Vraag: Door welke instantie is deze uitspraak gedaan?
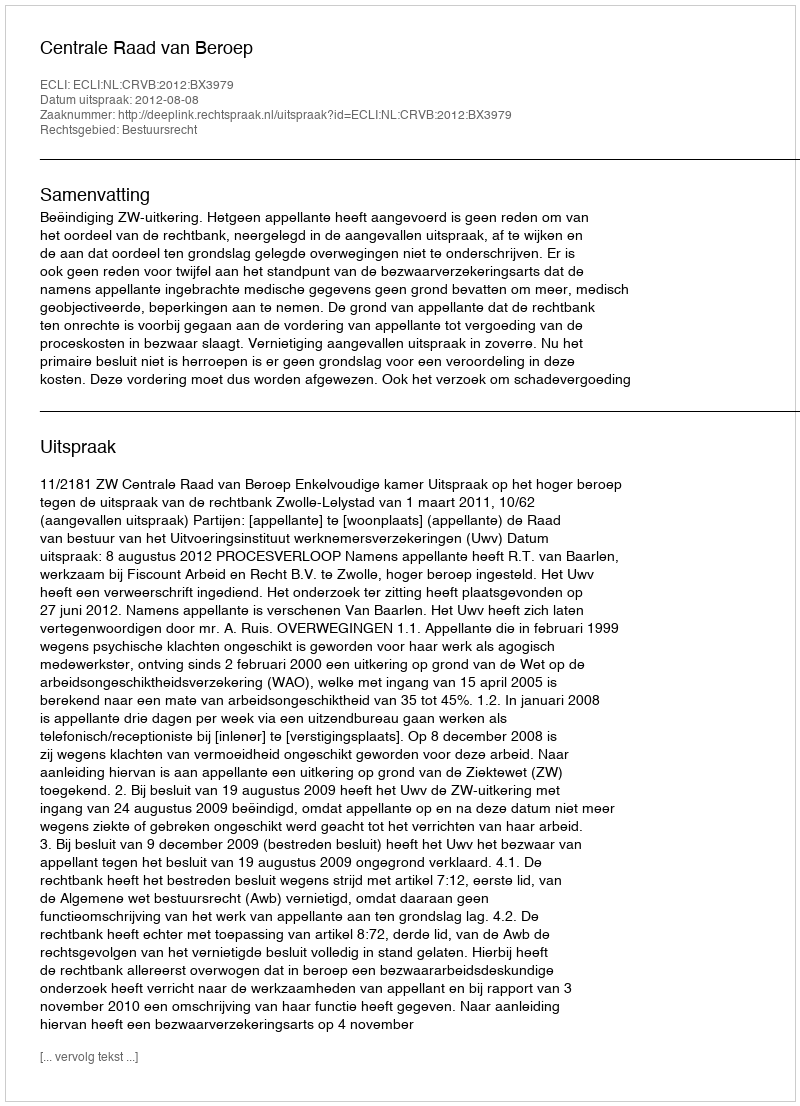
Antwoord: Centrale Raad van Beroep